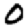
Digit: 0